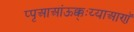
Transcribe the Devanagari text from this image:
प्पृआआंऊक्क्ःय्याआणॅ